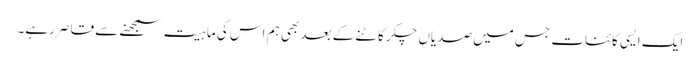
ایک ایسی کائنات جس میں صدیاں چکر کاٹنے کے بعد بھی ہم اس کی ماہیت سمجھنے سے قاصر رہے۔